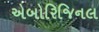
એબોરિજિનલ